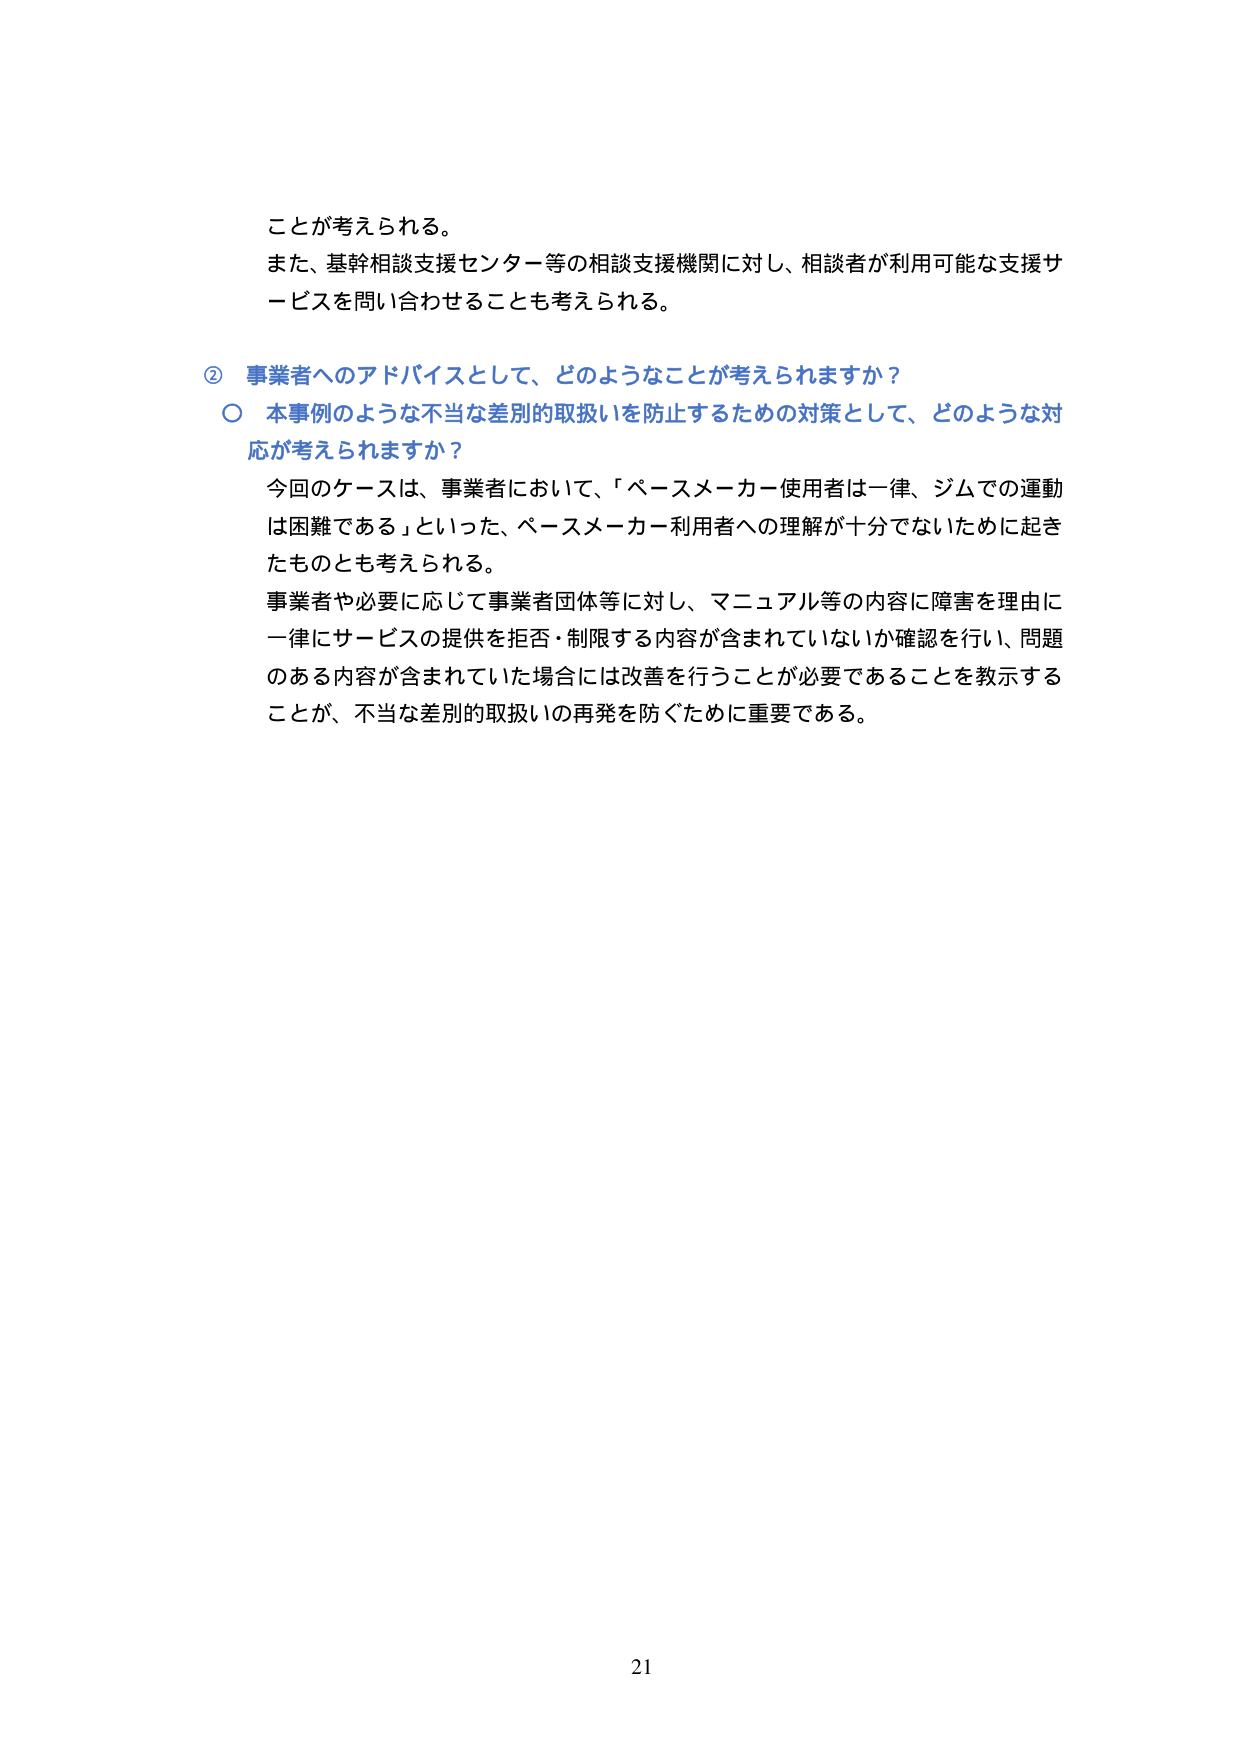
ことが考えられる。
また、基幹相談支援センター等の相談支援機関に対し、相談者が利用可能な支援サービスを問い合わせることも考えられる。

② 事業者へのアドバイスとして、どのようなことが考えられますか？
○ 本事例のような不当な差別的取扱いを防止するための対策として、どのような対応が考えられますか？
今回のケースは、事業者において、「ペースメーカー使用者は一律、ジムでの運動は困難である」といった、ペースメーカー利用者への理解が十分でないために起きたものとも考えられる。
事業者や必要に応じて事業者団体等に対し、マニュアル等の内容に障害を理由に一律にサービスの提供を拒否・制限する内容が含まれていないか確認を行い、問題のある内容が含まれていた場合には改善を行うことが必要であることを教示することが、不当な差別的取扱いの再発を防ぐために重要である。

21